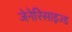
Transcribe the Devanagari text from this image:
जेनेरिसाइज्ड